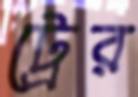
ট্রের